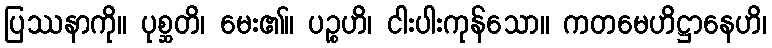
ပြဿနာကို။ ပုစ္ဆတိ၊ မေး၏။ ပဉ္စဟိ၊ ငါးပါးကုန်သော။ ကတမေဟိဋ္ဌာနေဟိ၊